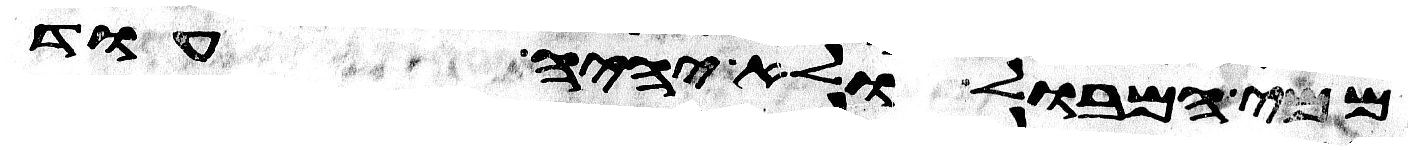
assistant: ממי המבול ולא יהיה עוד